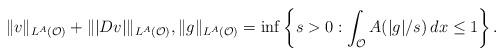
LaTeX: \begin{align*}\|v\|_{L^A({\mathcal O})}+\||Dv|\|_{L^A({\mathcal O})}, \|g\|_{L^A({\mathcal O})}=\inf\left\{s>0:\int_{\mathcal O}A(|g|/s)\, dx\le 1\right\}.\end{align*}